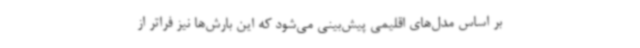
بر اساس مدل‌های اقلیمی پیش‌بینی می‌شود که این بارش‌ها نیز فراتر از